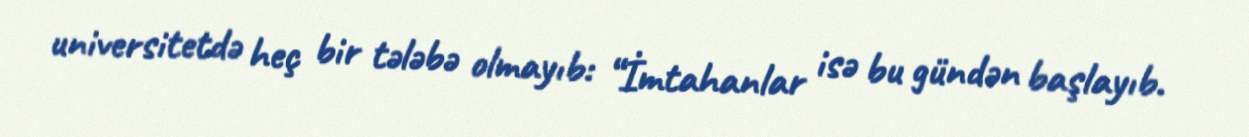
universitetdə heç bir tələbə olmayıb: “İmtahanlar isə bu gündən başlayıb.